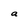
Character: a